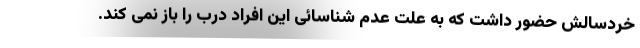
خردسالش حضور داشت که به علت عدم شناسائی این افراد درب را باز نمی کند.